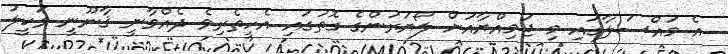
އެ މައްސަލާގައި މި ޖަމިއްޔާއަށް ލޯޔަރުންގެ ގޮތުގައި އެހީތެރިވެ ދެއްވާނީ ޤާނޫނީ ވަކީލު